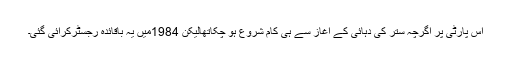
اس پارٹی پر اگرچہ ستر کی دہائی کے آغاز سے ہی کام شروع ہو چکاتھالیکن 1984میں یہ باقائدہ رجسٹرکرائی گئی۔